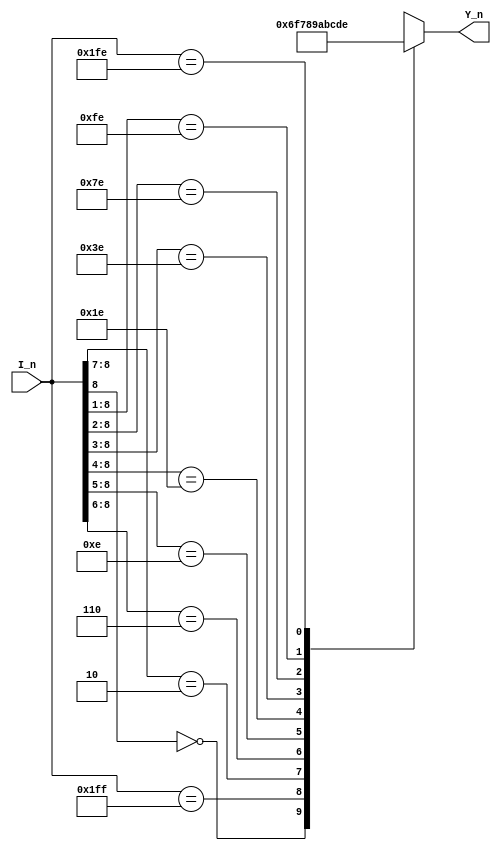
`timescale 1ns/1ns

module encoder_0(
   input      [8:0]         I_n   ,
   
   output reg [3:0]         Y_n   
);


always  @(*)begin
    casex (I_n)
    9'b0xxxxxxxx : Y_n = 4'b0110;
    9'b111111111 : Y_n = 4'b1111;
    9'b10xxxxxxx : Y_n = 4'b0111;
    9'b110xxxxxx : Y_n = 4'b1000;
    9'b1110xxxxx : Y_n = 4'b1001;
    9'b11110xxxx : Y_n = 4'b1010;
    9'b111110xxx : Y_n = 4'b1011;
    9'b1111110xx : Y_n = 4'b1100;
    9'b11111110x : Y_n = 4'b1101;
    9'b111111110 : Y_n = 4'b1110;
    endcase
end




endmodule